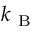
k _ { \mathrm { ~ B ~ } }